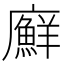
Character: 廯